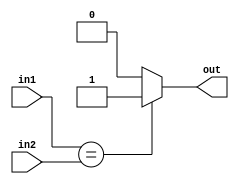
module comparator(out,in1,in2);
	input [31:0] in1,in2;
	output out;
	wire[31:0] result;
	assign out = (in1 == in2)?1:0;
endmodule

module test_comparator;
	reg[31:0] in1,in2;
	wire out;
	initial begin
		$monitor("In1:%h,In2:%h,Out:%h",in1,in2,out);
		in1=32'hFFFFFFFF;
		in2=32'hFFFFFFF0;
		#10
		in1=32'hFFFFEFFF;
		in2=32'hFFFFFFFF;
		#10
		in1=32'hFFFFFFFF;
		in2=32'hFFFF3FFF;
		#10
		in1=32'hFFFFFFFF;
		in2=32'hFFFFFFFF;
	end
	comparator C1(out,in1,in2);
endmodule